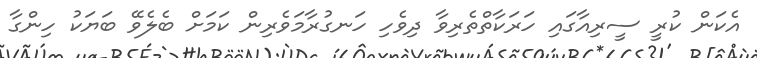
އެކަން ކުރީ ސީރިއާގައި ހަރަކާތްތެރިވާ ދިވެހި ހަނގުރާމަވެރިން ކަމަަށް ބެލެވޭ ބަޔަކު ހިންގާ